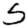
Digit: 5